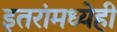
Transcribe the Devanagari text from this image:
इतरांमध्येही